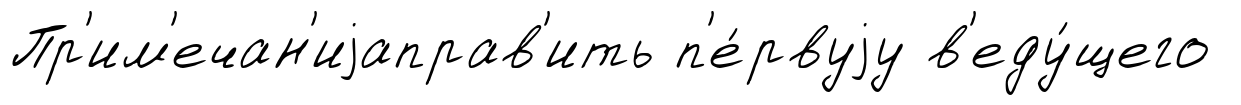
Пр'им'ечан'иjаправ'ить п'е́рвуjу в'еду́щего